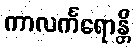
ကာလင်္ကရောန္တိ